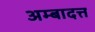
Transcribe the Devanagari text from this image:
अम्बादत्त